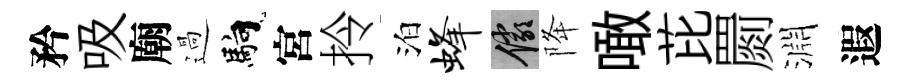
矜吸廟過馿宮拎泊蜂儼降噉芘罽淵遐